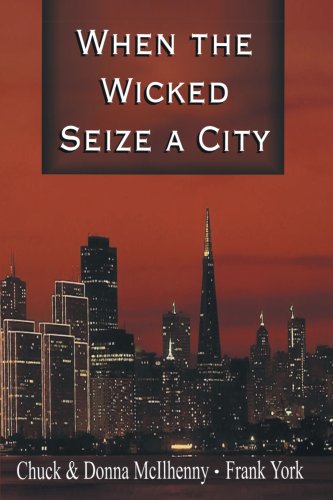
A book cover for When the Wicked Seize a City; Chuck McIlhenny; Christian Books & Bibles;